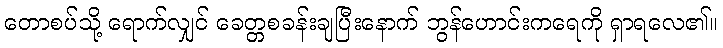
တောစပ်သို့ ရောက်လျှင် ခေတ္တစခန်းချပြီးနောက် ဘွန်ဟောင်းကရေကို ရှာရလေ၏။